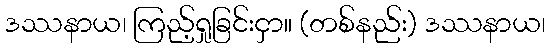
ဒဿနာယ၊ ကြည့်ရှုခြင်းငှာ။ (တစ်နည်း) ဒဿနာယ၊